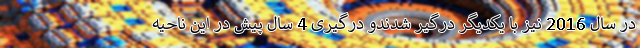
در سال 2016 نیز با یکدیگر درگیر شدندو درگیری 4 سال پیش در این ناحیه